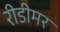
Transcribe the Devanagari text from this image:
रीडीमर